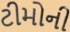
ટીમોની